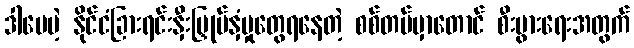
ဒါပေမဲ့ နိုင်ငံခြားရင်းနှီးမြှုပ်နှံမှုတွေရနေတဲ့ စစ်တပ်မှာတောင် စီးပွားရေးအတွက်